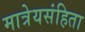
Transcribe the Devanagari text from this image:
मात्रेयसंहिता